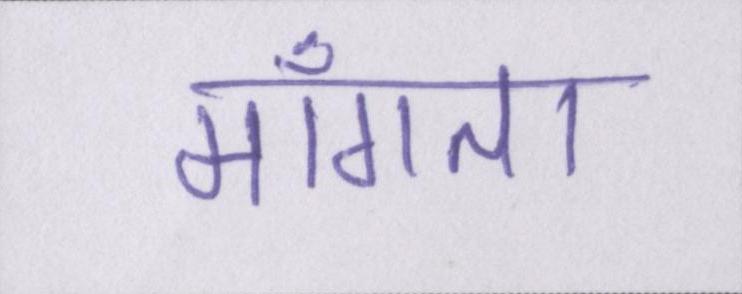
माँगता